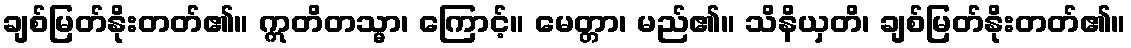
ချစ်မြတ်နိုးတတ်၏။ ဣတိတသ္မာ၊ ကြောင့်။ မေတ္တာ၊ မည်၏။ သိနိယှတိ၊ ချစ်မြတ်နိုးတတ်၏။